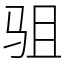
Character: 驵